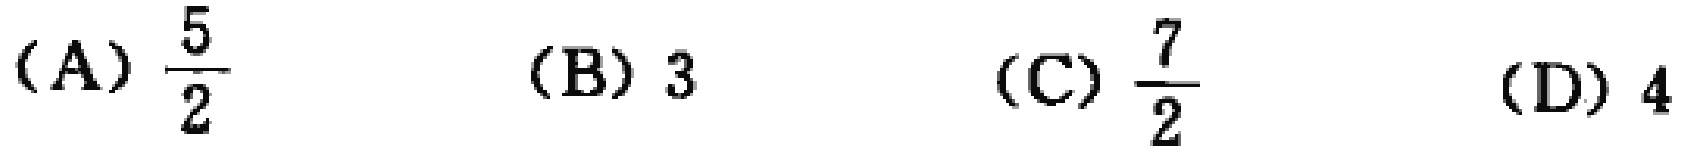
(A) \(\frac{5}{2}\)  (B) \(3\)  (C) \(\frac{7}{2}\)  (D) \(4\)